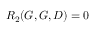
R _ { 2 } ( G , G , D ) = 0